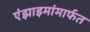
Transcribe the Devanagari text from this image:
एंझाइमांमार्फत